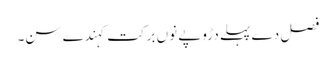
فصل دے پہلے دڑوپے نوں برکت کہندے سن۔